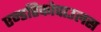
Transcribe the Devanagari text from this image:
एन्डरिकोपाउलस